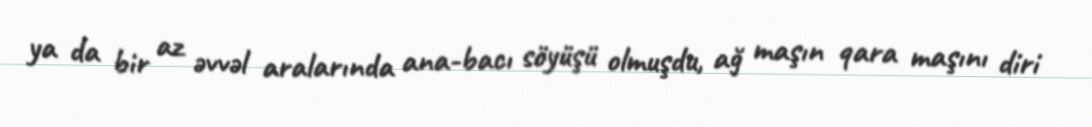
ya da bir az əvvəl aralarında ana-bacı söyüşü olmuşdu, ağ maşın qara maşını diri